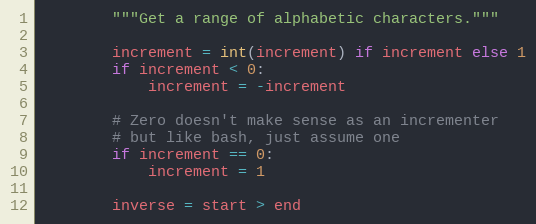
Language: Python
        """Get a range of alphabetic characters."""

        increment = int(increment) if increment else 1
        if increment < 0:
            increment = -increment

        # Zero doesn't make sense as an incrementer
        # but like bash, just assume one
        if increment == 0:
            increment = 1

        inverse = start > end